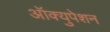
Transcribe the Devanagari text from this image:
ऑक्युपेशन